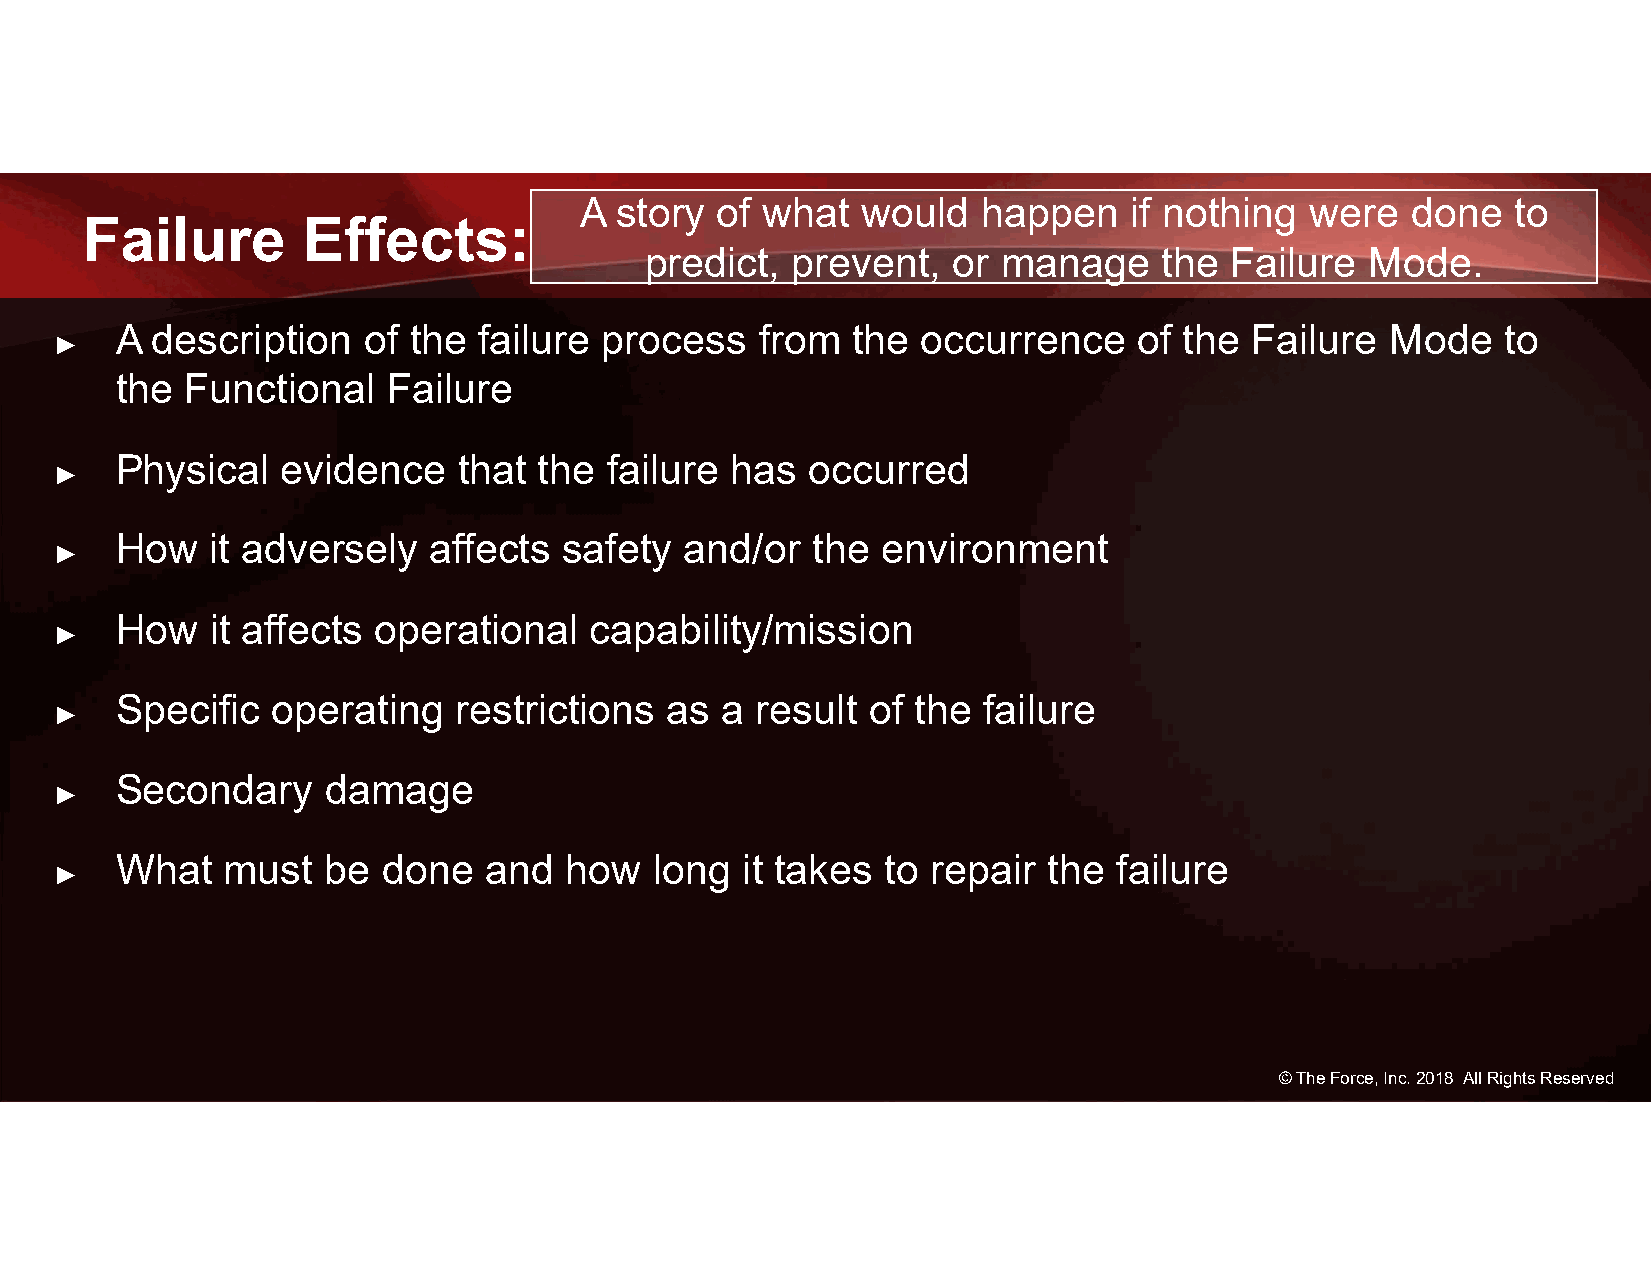
A  story of what   would   happen    if nothing  were  done   to
 Failure        Effects:
 predict, prevent,   or manage     the Failure   Mode.
 A description   of the  failure process   from  the  occurrence    of the  Failure  Mode    to
 ►
 the Functional    Failure
 Physical   evidence   that  the failure has   occurred
 ►
 How   it adversely  affects  safety  and/or   the environment
 ►
 How   it affects operational   capability/mission
 ►
 Specific  operating   restrictions  as  a result of the  failure
 ►
 Secondary    damage
 ►
 What   must  be  done   and  how   long  it takes  to repair the  failure
 ►
 © The Force, Inc. 2018 All Rights Reserved